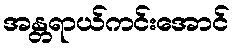
အန္တရာယ်ကင်းအောင်